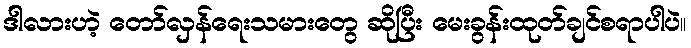
ဒါလားဟဲ့ တော်လှန်ရေးသမားတွေ ဆိုပြီး မေးခွန်းထုတ်ချင်စရာပါပဲ။